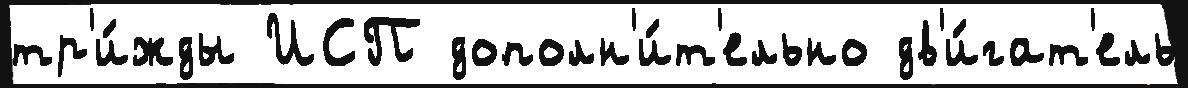
тр'и́жды ИСП дополн'и́т'ельно дв'и́гат'ель